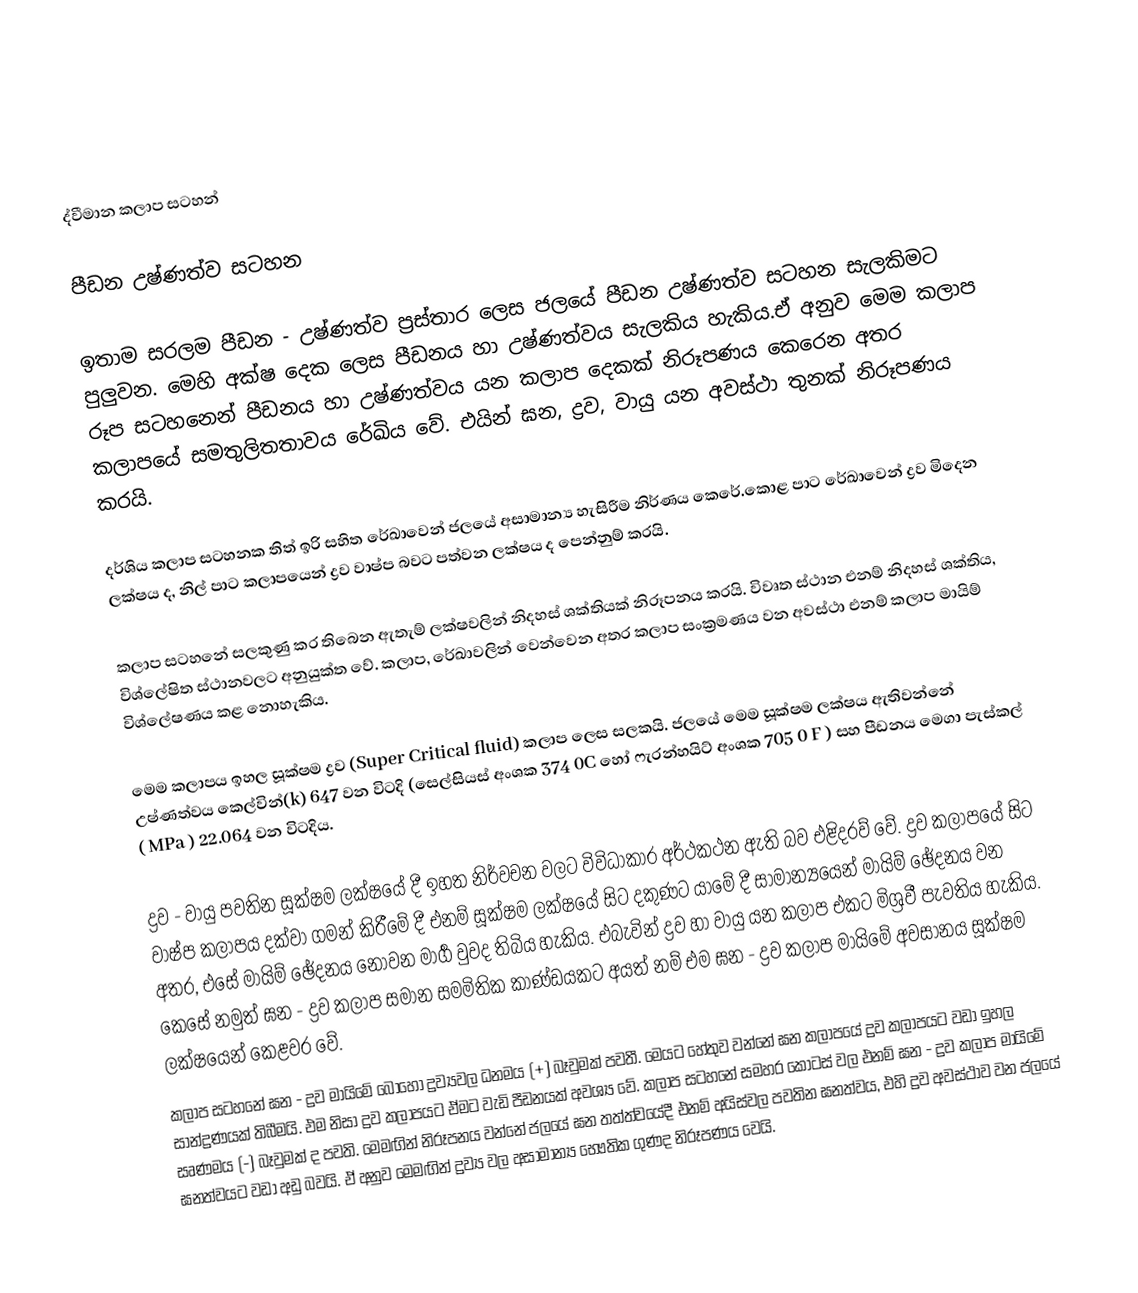

ද්වීමාන කලාප සටහන්

පීඩන උෂ්ණත්ව සටහන

ඉතාම සරලම පීඩන - උෂ්ණත්ව ප්‍රස්තාර ලෙස ජලයේ පීඩන උෂ්ණත්ව සටහන සැලකිමට පුලුවන. මෙහි අක්ෂ දෙක ලෙස පීඩනය හා උෂ්ණත්වය සැලකිය හැකිය.ඒ අනුව  මෙම කලාප රූප සටහනෙන් පීඩනය හා උෂ්ණත්වය යන කලාප  දෙකක් නිරූපණය ‍කෙ‍රෙන අතර කලාපයේ සමතුලිතතාවය රේඛිය වේ. එයින් ඝන, ද්‍රව, වායු යන අවස්ථා තුනක් නිරූපණය කරයි.

දර්ශිය කලාප සටහනක තිත් ඉරි සහිත රේඛාවෙන් ජලයේ අසාමාන්‍ය හැසිරීම නිර්ණය කෙරේ.කොළ පාට රේඛාවෙන් ද්‍රව මිදෙන ලක්ෂය ද, ‍නිල් පාට කලාපයෙන් ද්‍රව වාෂ්ප බවට පත්වන ලක්ෂය ද පෙන්නුම් කරයි.

කලාප සටහනේ  සලකුණු කර තිබෙන ඇතැම් ලක්ෂවලින් නිදහස් ශක්තියක් නිරූපනය කරයි. විවෘත ස්ථාන එනම් නිදහස් ශක්තිය, විශ්ලේෂිත ස්ථානවල‍ට අනුයුක්ත වේ. කලාප, රේඛාවලින් වෙන්වෙන අතර කලාප සංක්‍රමණය වන අවස්ථා එනම් කලාප මායිම් විශ්ලේෂණය කළ නොහැකිය.

මෙම කලාපය ඉහල සූක්ෂම  ද්‍රව (Super Critical fluid) කලාප ලෙස සලකයි. ජලයේ මෙම සූක්ෂම ලක්ෂය ඇතිවන්නේ උෂ්ණත්වය කෙල්වින්(k) 647 වන විටදි (සෙල්සියස් අංශක 374 0C හෝ ෆැරන්හයිට් අංශක 705 0 F ) සහ පීඩනය මෙගා පැස්කල් ( MPa ) 22.064 වන විටදිය.

ද්‍රව - වායු පවතින සූක්ෂම ලක්ෂයේ දී ඉහත නිර්වචන වලට විවිධාකාර අර්ථකථන ඇති බව එළිදරව් වේ. ද්‍රව කලාපයේ සිට වාෂ්ප කලාපය දක්වා ගමන් කිරීමේ දී එනම් සූක්ෂම ලක්ෂයේ සිට දකුණට යාමේ දී සාමාන්‍යයෙන් මායිම් ඡේදනය වන අතර, එසේ මායිම් ඡේදනය නොවන මාර්‍ග වුවද තිබිය හැකිය. එබැවින් ද්‍රව හා වායු යන  කලාප එකට මිශ්‍රවී පැවතිය හැකිය. කෙසේ නමුත් ඝන - ද්‍රව කලාප සමාන සමමිතික කාණ්ඩයකට අයත් නම් එම ඝන - ද්‍රව කලාප මායිමේ අවසානය සූක්ෂම ලක්ෂයෙන් කෙළවර වේ.
කලාප සටහනේ  ඝන - ද්‍රව මායිමේ බොහෝ ද්‍රව්‍යවල ධනමය (+) බෑවුමක් පවතී. මෙයට හේතුව වන්නේ ඝන කලාපයේ ද්‍රව කලාපයට වඩා ඉහල සාන්ද්‍රණයක් තිබීමයි. එම නිසා ද්‍රව කලාපයට ඒමට වැඩි පීඩනයක් අවශ්‍ය වේ. කලාප සටහනේ සමහර කොටස් වල එනම් ඝන - ද්‍රව කලාප මායිමේ සෘණමය (-) බෑවුමක් ද පවති. මෙමඟින් නිරූපනය වන්නේ ජලයේ ඝන තත්ත්වයේදී  එනම් අයිස්වල පවතින ඝනත්වය, එහි ද්‍රව අවස්ථාව වන ජලයේ ඝනත්වයට වඩා අඩු ‍බවයි. ඒ අනුව මෙමඟින් ද්‍රව්‍ය වල අසාමාන්‍ය භෞතික ගුණද  නිරූපණය වෙයි.